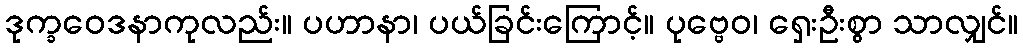
ဒုက္ခဝေဒနာကုလည်း။ ပဟာနာ၊ ပယ်ခြင်းကြောင့်။ ပုဗ္ဗေဝ၊ ရှေးဦးစွာ သာလျှင်။